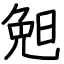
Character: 𣆶